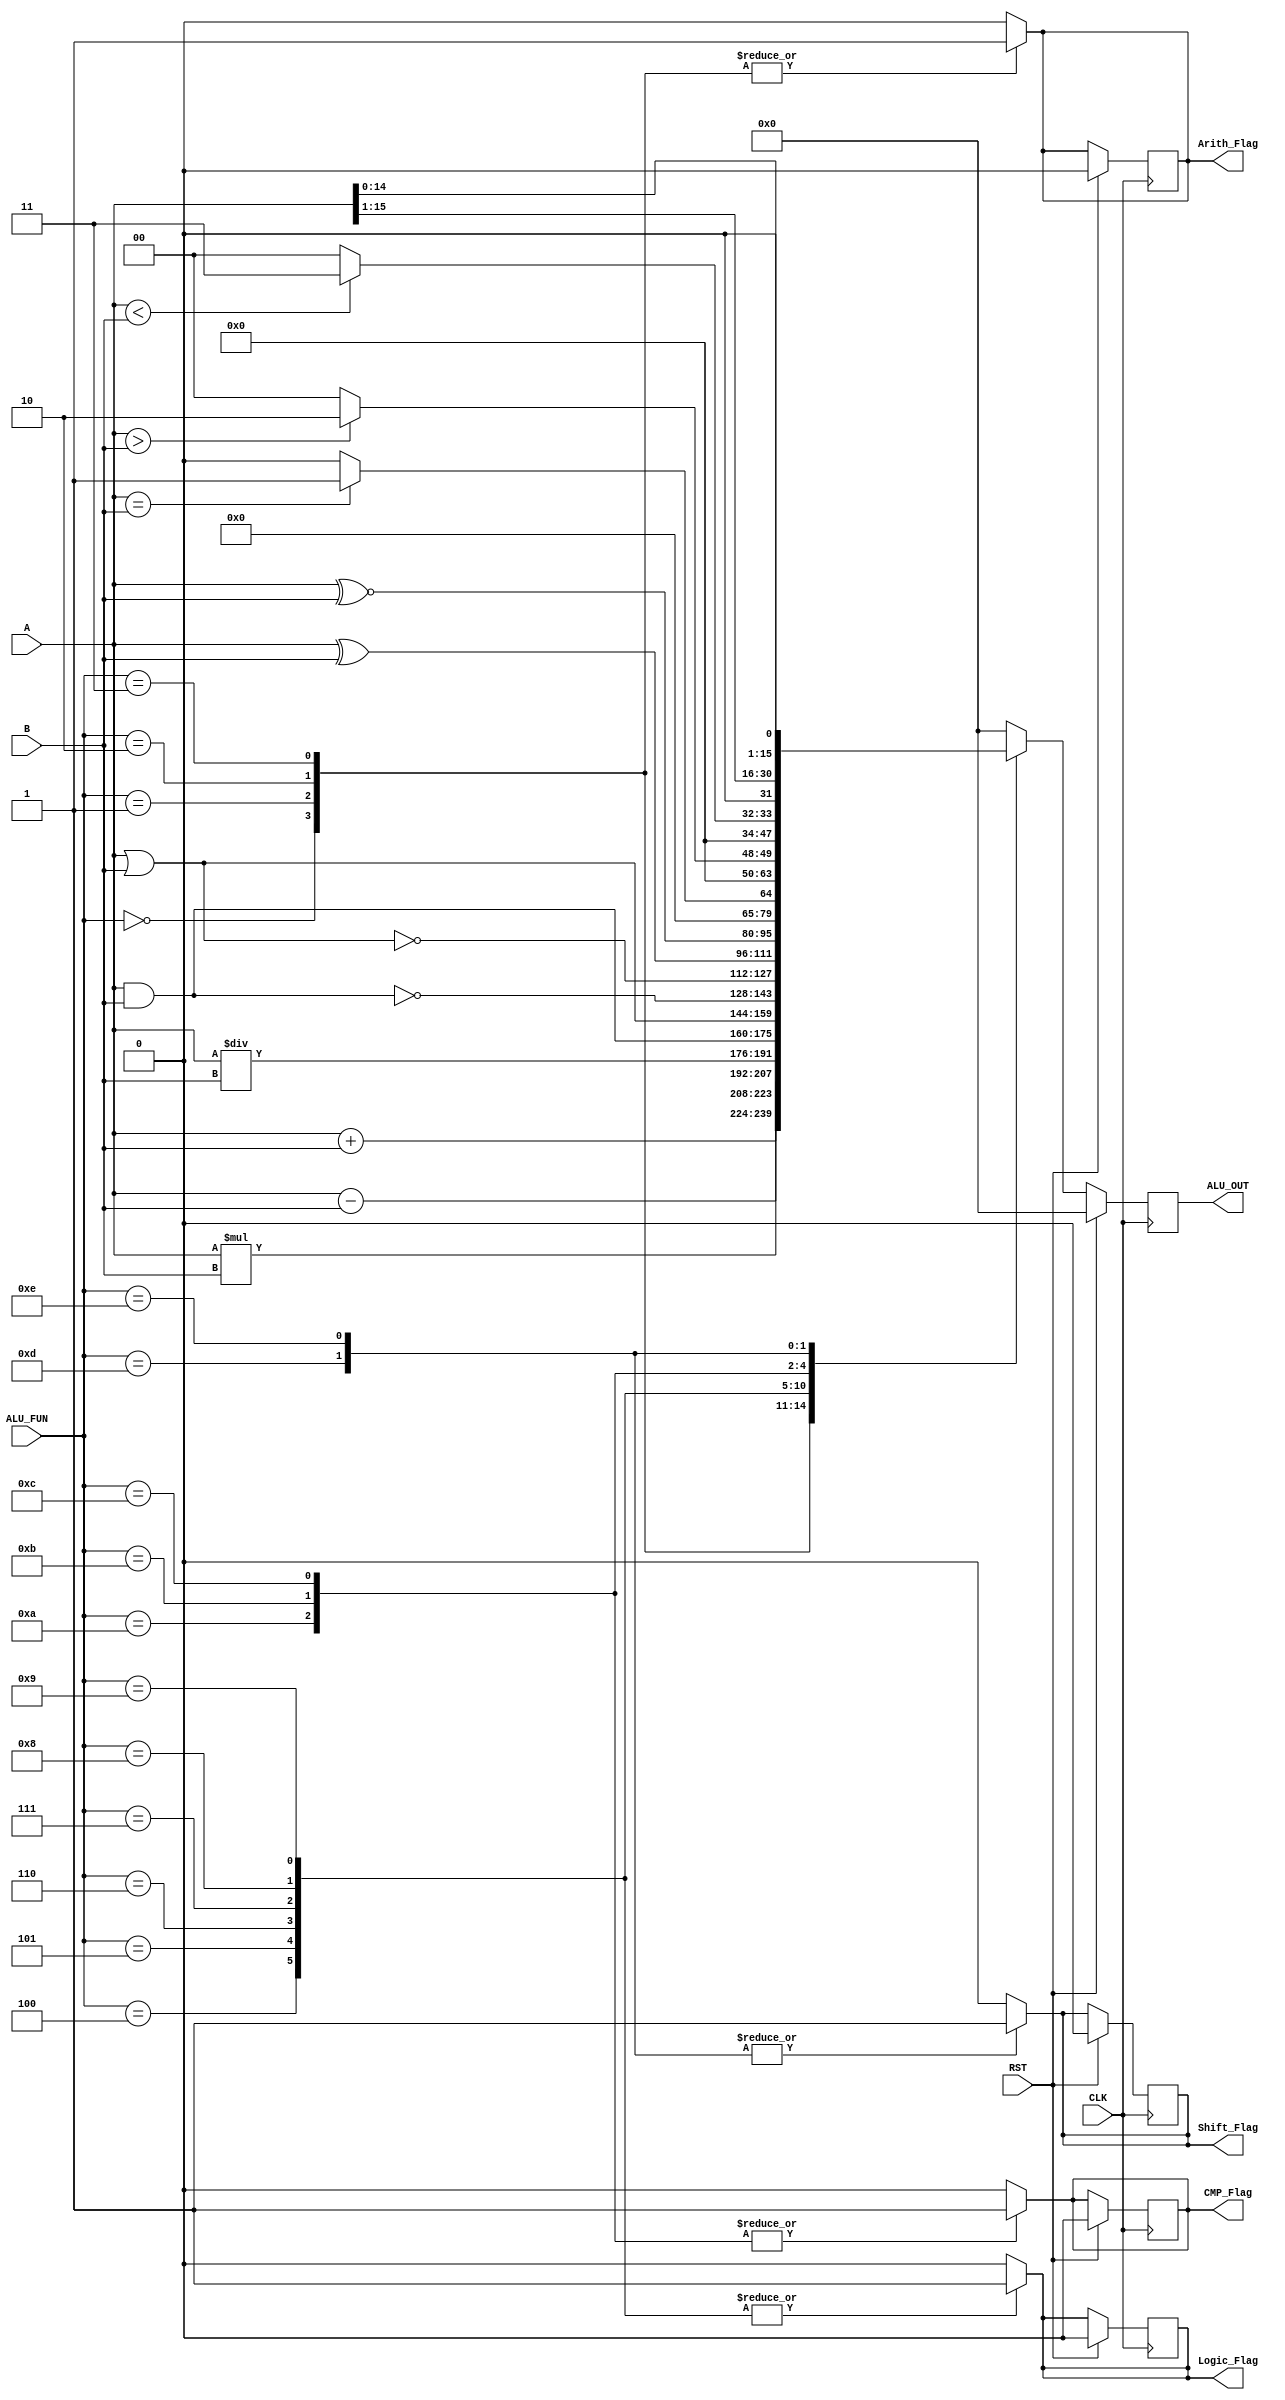
module ALU (
// declare inputs and output ports
input wire [15:0] A,
input wire [15:0] B,
input wire [3:0] ALU_FUN,
input wire       CLK,RST, //clock and reset signal of flip flop

output reg [15:0] ALU_OUT,
output reg        Arith_Flag, Logic_Flag, CMP_Flag, Shift_Flag);

reg [15:0] ALU_OUT_comb; //output of flip flop

// storing ALU output in Flip flop
always @(posedge CLK)
      begin
      if (RST)
          begin
            ALU_OUT <= 16'b0;
            Arith_Flag <= 1'b0;
            Logic_Flag <= 1'b0;
            CMP_Flag <= 1'b0;
            Shift_Flag <= 1'b0;
          end
      else
          begin
            ALU_OUT <= ALU_OUT_comb;
          end
      end

// defining aithmatic, logical, comparison, and shifting requirments of ALU
always @(*)
  begin
    Arith_Flag = 1'b0;
    Logic_Flag = 1'b0;
    CMP_Flag   = 1'b0;
    Shift_Flag = 1'b0;
    case (ALU_FUN)
      //arithmatic requirments
      4'b0000:  begin
                  ALU_OUT_comb = A + B;    // Addition
                  Arith_Flag = 1'b1;
                end
      4'b0001:  begin
                  ALU_OUT_comb = A-B;    //Subtraction
                  Arith_Flag = 1'b1;
                end        
      4'b0010:  begin
                  ALU_OUT_comb = A * B;    // Multiplication
                  Arith_Flag = 1'b1;
                end
      4'b0011:  begin 
                  ALU_OUT_comb = A / B;   // Division
                  Arith_Flag = 1'b1;
                end
      
      //Logic requirements
      4'b0100:  begin
                  ALU_OUT_comb = A & B;        // AND
                  Logic_Flag = 1'b1;
                end
      4'b0101:  begin
                  ALU_OUT_comb = A | B;        // OR
                  Logic_Flag = 1'b1;
                end
      4'b0110:  begin
                  
                  ALU_OUT_comb = ~(A & B);     // NAND
                  Logic_Flag = 1'b1;
                end
      4'b0111:  begin
                  ALU_OUT_comb = ~(A | B);     // NOR
                  Logic_Flag = 1'b1;
                end
      4'b1000:  begin
                  ALU_OUT_comb = A ^ B;       // XOR
                  Logic_Flag = 1'b1;
                end
      4'b1001:  begin                  
                  ALU_OUT_comb = (A ~^ B);    // XNOR
                  Logic_Flag = 1'b1;
                end
                
      //comparison requirements
      4'b1010:  begin                   // equality check
                  CMP_Flag = 1'b1;
                  if (A == B)
                    begin
                      ALU_OUT_comb = 16'd1;
                    end
                  else
                    begin
                      ALU_OUT_comb = 16'd0;
                    end
                end
      
      4'b1011:  begin                   // Greater than check
                  CMP_Flag = 1'b1;
                  if (A > B)
                    begin
                      ALU_OUT_comb = 16'd2;
                    end
                  else
                    begin
                      ALU_OUT_comb = 16'd0;
                    end
                end
      4'b1100:  begin                   // less than check
                  CMP_Flag = 1'b1;
                  if (A < B)
                    begin
                      ALU_OUT_comb = 16'd3;
                    end
                  else
                    begin
                      ALU_OUT_comb = 16'd0;
                    end
                end
      
      //shifting requirements
      4'b1101:  begin
                  ALU_OUT_comb = A >> 1;        // shifting to right
                  Shift_Flag = 1'b1;
                end
      4'b1110:  begin
                  ALU_OUT_comb = A << 1;        // shifting to left
                  Shift_Flag = 1'b1;
                end

      default: ALU_OUT_comb = 16'b0;
    endcase
  end 
  
endmodule